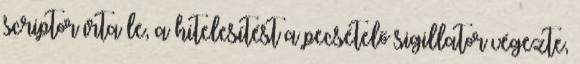
scriptor írta le, a hitelesítést a pecsételő sigillator végezte,